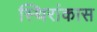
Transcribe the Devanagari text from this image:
स्थिरांकास